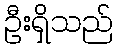
ဦးရှိသည်